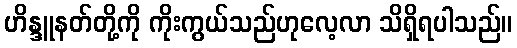
ဟိန္ဒူနတ်တို့ကို ကိုးကွယ်သည်ဟုလေ့လာ သိရှိရပါသည်။